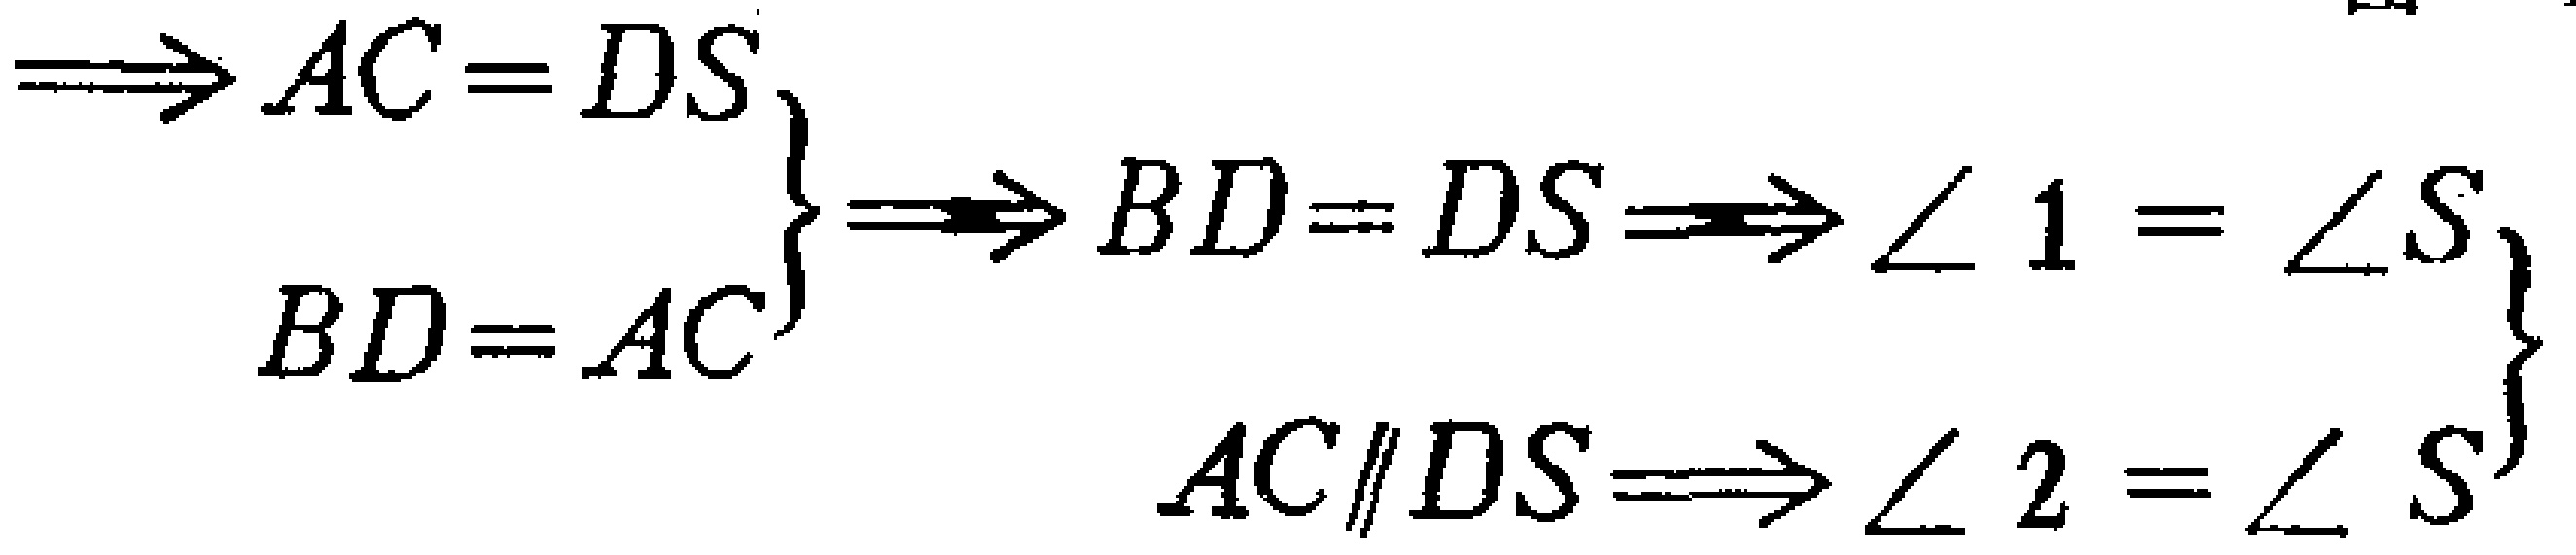
\[\left.\begin{array}{l}

\Longrightarrow AC = DS\\

BD = AC

\end{array}\right\}

\Longrightarrow BD = DS

\Longrightarrow\left.\begin{array}{l}

\angle 1=\angle S\\

AC\parallel DS\Longrightarrow\angle 2=\angle S

\end{array}\right\}\]